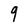
Character: 9